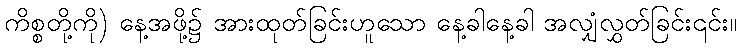
ကိစ္စတို့ကို) နေ့အဖို့၌ အားထုတ်ခြင်းဟူသော နေ့ခါနေ့ခါ အလျှံလွှတ်ခြင်း၎င်း။